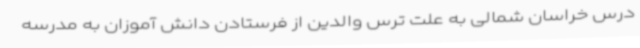
درس خراسان شمالی به علت ترس والدین از فرستادن دانش آموزان به مدرسه